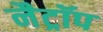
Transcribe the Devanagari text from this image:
नैट्रॉप